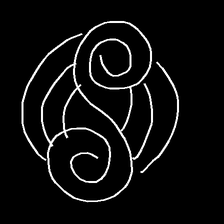
Glyph: wind-underfoot